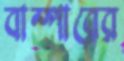
বাম্পারের